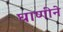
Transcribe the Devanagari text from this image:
घाणीने